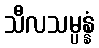
သီလသမ္ပန္နံ